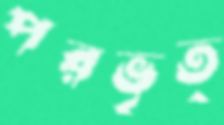
পরভৃত্